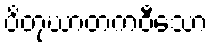
ပိတုဃာတကဝီသော